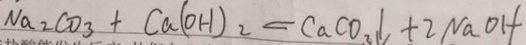
N a _ { 2 } C O _ { 3 } + C a ( O H ) _ { 2 } = C a C O _ { 3 } \downarrow + 2 N a O H